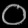
Digit: ၀